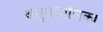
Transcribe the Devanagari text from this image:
अनुकपालिका